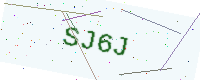
Text: SJ6J